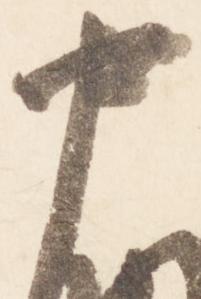
中